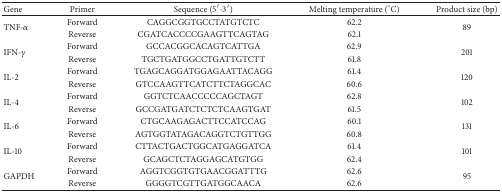
<table><thead><tr><td><b>Gene</b></td><td><b>Primer</b></td><td><b>Sequence (5′-3′)</b></td><td><b>Melting temperature (°C)</b></td><td><b>Product size (bp)</b></td></tr></thead><tbody><tr><td rowspan="2">TNF-<i>α</i></td><td>Forward</td><td>CAGGCGGTGCCTATGTCTC</td><td>62.2</td><td rowspan="2">89</td></tr><tr><td>Reverse</td><td>CGATCACCCCGAAGTTCAGTAG</td><td>62.1</td></tr><tr><td rowspan="2">IFN-<i>γ</i></td><td>Forward</td><td>GCCACGGCACAGTCATTGA</td><td>62.9</td><td rowspan="2">201</td></tr><tr><td>Reverse</td><td>TGCTGATGGCCTGATTGTCTT</td><td>61.8</td></tr><tr><td rowspan="2">IL-2</td><td>Forward</td><td>TGAGCAGGATGGAGAATTACAGG</td><td>61.4</td><td rowspan="2">120</td></tr><tr><td>Reverse</td><td>GTCCAAGTTCATCTTCTAGGCAC</td><td>60.6</td></tr><tr><td rowspan="2">IL-4</td><td>Forward</td><td>GGTCTCAACCCCCAGCTAGT</td><td>62.8</td><td rowspan="2">102</td></tr><tr><td>Reverse</td><td>GCCGATGATCTCTCTCAAGTGAT</td><td>61.5</td></tr><tr><td rowspan="2">IL-6</td><td>Forward</td><td>CTGCAAGAGACTTCCATCCAG</td><td>60.1</td><td rowspan="2">131</td></tr><tr><td>Reverse</td><td>AGTGGTATAGACAGGTCTGTTGG</td><td>60.8</td></tr><tr><td rowspan="2">IL-10</td><td>Forward</td><td>CTTACTGACTGGCATGAGGATCA</td><td>61.4</td><td rowspan="2">101</td></tr><tr><td>Reverse</td><td>GCAGCTCTAGGAGCATGTGG</td><td>62.4</td></tr><tr><td rowspan="2">GAPDH</td><td>Forward</td><td>AGGTCGGTGTGAACGGATTTG</td><td>62.6</td><td rowspan="2">95</td></tr><tr><td>Reverse</td><td>GGGGTCGTTGATGGCAACA</td><td>62.6</td></tr></tbody></table>